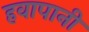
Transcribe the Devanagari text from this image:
हवापानी